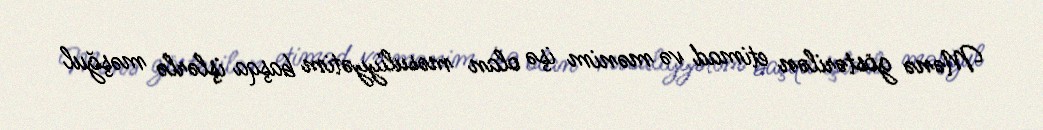
Mənə göstərilən etimad və mənim işə olan məsuliyyətim başqa işlərlə məşğul